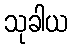
သုခါယ